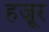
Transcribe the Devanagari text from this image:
हज़ूर